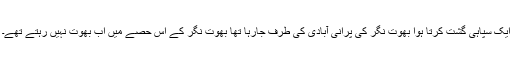
ایک سپاہی گشت کرتا ہوا بھوت نگر کی پرانی آبادی کی طرف جارہا تھا بھوت نگر کے اس حصے میں اب بھوت نہیں رہتے تھے۔